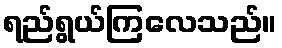
ရည်ရွယ်ကြလေသည်။